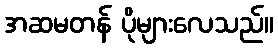
အဆမတန် ပိုများလေသည်။